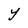
Character: Y